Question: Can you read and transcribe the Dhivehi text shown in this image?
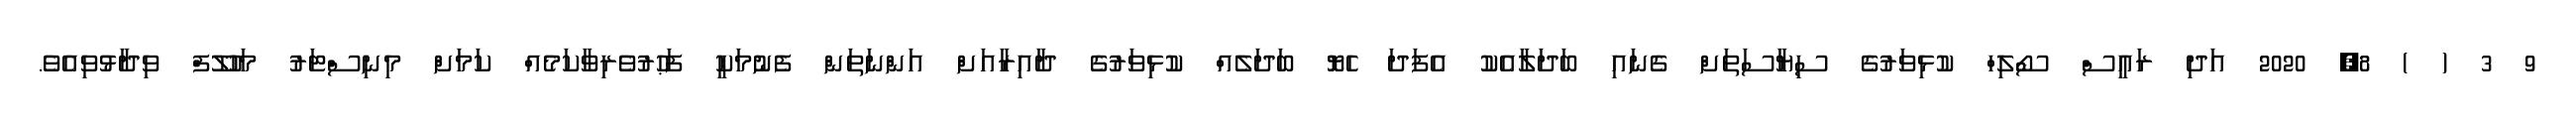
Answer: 9 3 ( ) 8, 2020 އަދި ރައީސް ސޯލިހް ކުޅިވަރުގެ ސިޔާސަތަށް ގެނައި ބަދަލާއެކު އެފަދަ ހެޔޮ ބަދަލެއް ކުޅިވަރުގެ ދާއިރާއަށް އަންނަތަން ފެނުމަކީ ފަޙުރުވެރިވާކަމެއް ކަމަށް މިނިސްޓަރު މަހުލޫފް ވިދާޅުވިއެވެ.